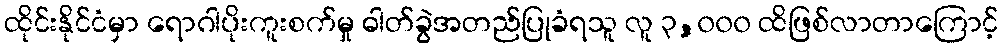
ထိုင်းနိုင်ငံမှာ ရောဂါပိုးကူးစက်မှု ဓါတ်ခွဲအတည်ပြုခံရသူ လူ ၃,၀၀၀ ထိဖြစ်လာတာကြောင့်